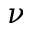
\nu